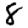
Digit: 8